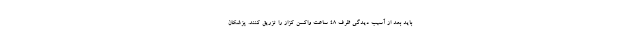
باید بعد از آسیب دیدگی ظرف 48 ساعت واکسن کزاز را تزریق کنند. پزشکان